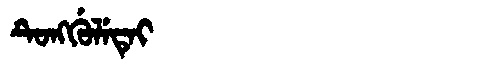
Manchu: ᡨᡠᠩᡤᡠᠯᡝᡨᡝᡳ
Romanization: TUNGGULETEI